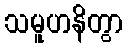
သမူဟနိတွာ